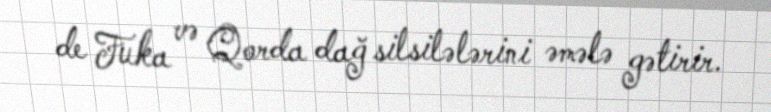
de Fuka və Qorda dağ silsilələrini əmələ gətirir.